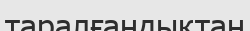
таралғандықтан